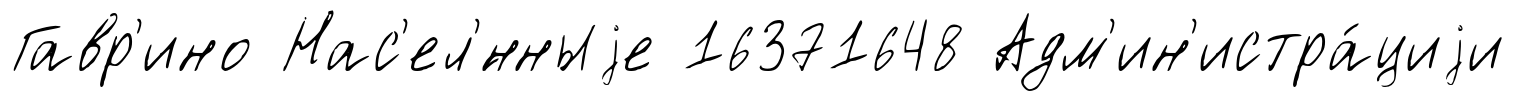
Гавр'ино Нас'ел'́нныjе 16371648 Адм'ин'истра́циjи